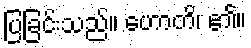
ပြခြင်းသည်။ ဟောတိ၊ ၏။